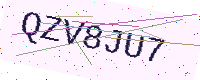
Text: QZV8JU7